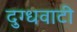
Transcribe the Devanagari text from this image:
दुग्धवाटी